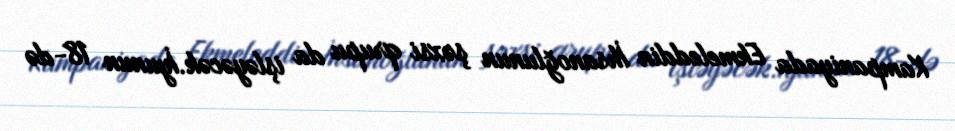
Kampaniyada Ekmeleddin İhsanoğlunun şəxsi qrupu da işləyəcək.İyunun 18-də